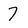
Character: 7